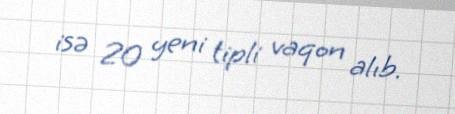
isə 20 yeni tipli vaqon alıb.